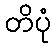
တိပုံ